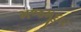
મજમૂદાર